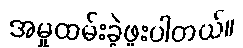
အမှုထမ်းခဲ့ဖူးပါတယ်။